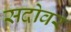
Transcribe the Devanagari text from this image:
सदोवर